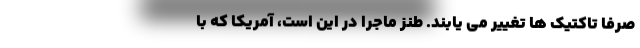
صرفا تاکتیک ها تغییر می یابند. طنز ماجرا در این است، آمریکا که با